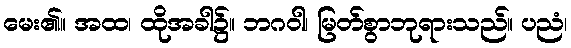
မေး၏။ အထ၊ ထိုအခါ၌။ ဘဂဝါ၊ မြတ်စွာဘုရားသည်။ ပညံ၊